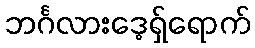
ဘင်္ဂလားဒေ့ရှ်ရောက်